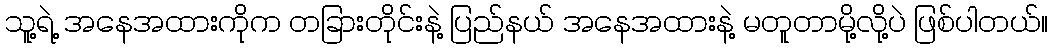
သူ့ရဲ့ အနေအထားကိုက တခြားတိုင်းနဲ့ ပြည်နယ် အနေအထားနဲ့ မတူတာမို့လို့ပဲ ဖြစ်ပါတယ်။